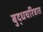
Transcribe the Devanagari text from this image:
बुद्धचरित्रात